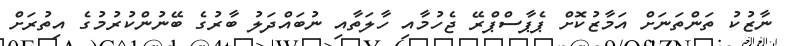
ނާޒުކު ތަންތަނަށް އަމާޒުކޮށް ޕެޕާސްޕްރޭ ޖެހުމާއި ހާލަތާއި ނުބައްދަލު ބާރުގެ ބޭނުންކުރުމުގެ އިތުރަށް